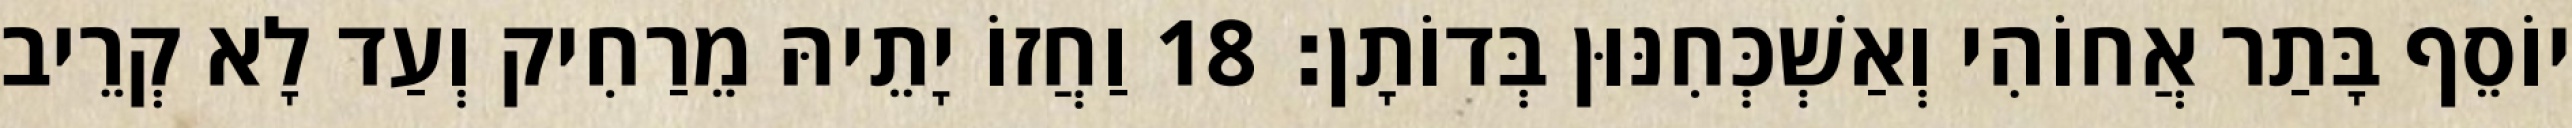
יוֹסֵף בָּתַר אֲחוֹהִי וְאַשְׁכְּחִנּוּן בְּדוֹתָן׃ 18 וַחֲזוֹ יָתֵיהּ מֵרַחִיק וְעַד לָא קְרֵיב